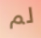
لم